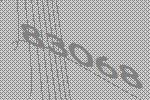
83068